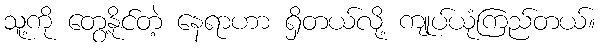
သူ့ကို တွေ့နိုင်တဲ့ နေရာဟာ ရှိတယ်လို့ ကျုပ်ယုံကြည်တယ်။